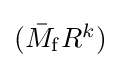
\textstyle ({\bar {M}}_{\mathrm {f} }R^{k})